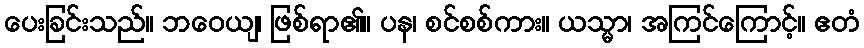
ပေးခြင်းသည်။ ဘဝေယျ၊ ဖြစ်ရာ၏။ ပန၊ စင်စစ်ကား။ ယသ္မာ၊ အကြင်ကြောင့်။ ဧတံ